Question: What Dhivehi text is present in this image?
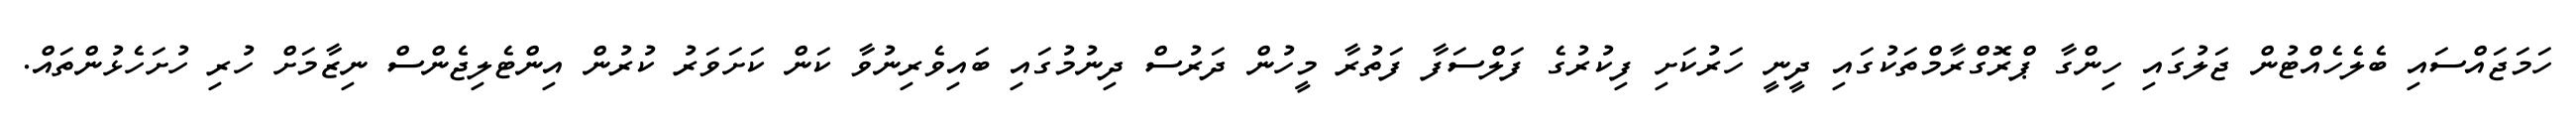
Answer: ހަމަޖައްސައި ބެލެހެއްޓުން ޖަލުގައި ހިންގާ ޕްރޮގްރާމްތަކުގައި ދީނީ ހަރުކަށި ފިކުރުގެ ފަލްސަފާ ފަތުރާ މީހުން ދަރުސް ދިނުމުގައި ބައިވެރިނުވާ ކަން ކަށަވަރު ކުރުން އިންޓެލިޖެންސް ނިޒާމަށް ހުރި ހުށަހެޅުންތައް.